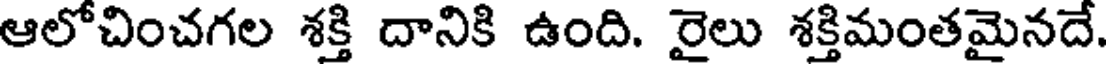
ఆలోచించగల శక్తి దానికి ఉంది. రైలు శక్తిమంతమైనదే.